Annual report of the Punjab Veterinary College and of the Civil Veterinary Department, Punjab - 1894-1908
Year: 1894
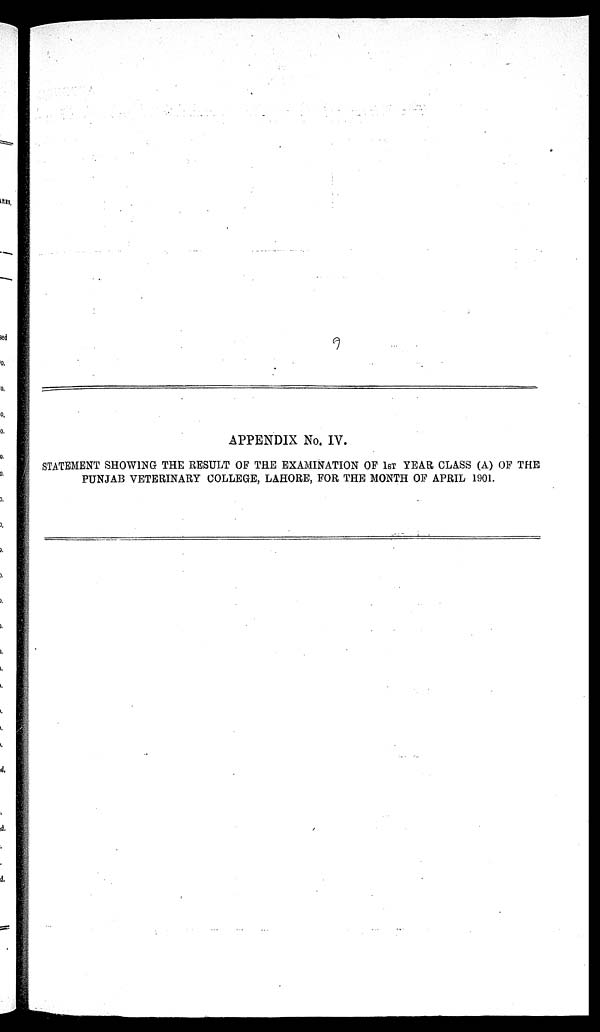
APPENDIX No. IV.
STATEMENT SHOWING THE RESULT OF THE EXAMINATION OF 1ST YEAR, CLASS (A) OF THE
PUNJAB VETERINARY COLLEGE, LAHORE, FOR THE MONTH OF APRIL 1901.